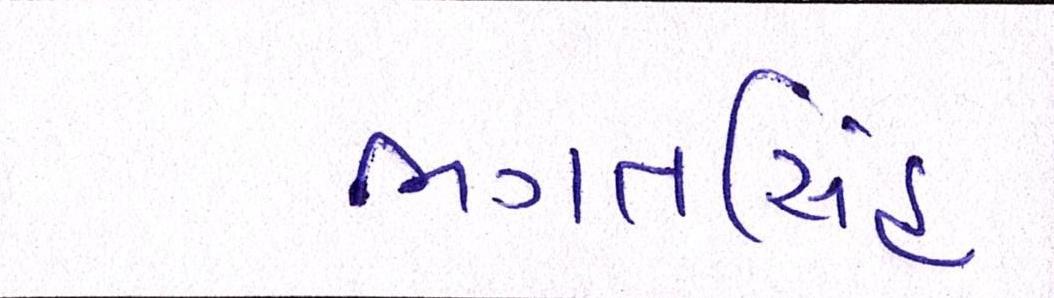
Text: ભગતસિંહ